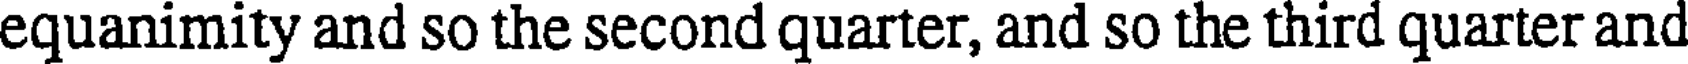
equanimity and so the second quarter, and so the third quarter and